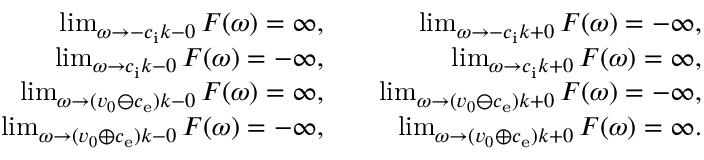
\begin{array} { r l r } { \operatorname* { l i m } _ { \omega \rightarrow - c _ { \mathrm { i } } k - 0 } F ( \omega ) = \infty , } & { { } } & { \operatorname* { l i m } _ { \omega \rightarrow - c _ { \mathrm { i } } k + 0 } F ( \omega ) = - \infty , } \\ { \operatorname* { l i m } _ { \omega \rightarrow c _ { \mathrm { i } } k - 0 } F ( \omega ) = - \infty , } & { { } } & { \operatorname* { l i m } _ { \omega \rightarrow c _ { \mathrm { i } } k + 0 } F ( \omega ) = \infty , } \\ { \operatorname* { l i m } _ { \omega \rightarrow ( v _ { 0 } \ominus c _ { \mathrm { e } } ) k - 0 } F ( \omega ) = \infty , } & { { } } & { \operatorname* { l i m } _ { \omega \rightarrow ( v _ { 0 } \ominus c _ { \mathrm { e } } ) k + 0 } F ( \omega ) = - \infty , } \\ { \operatorname* { l i m } _ { \omega \rightarrow ( v _ { 0 } \oplus c _ { \mathrm { e } } ) k - 0 } F ( \omega ) = - \infty , } & { { } } & { \operatorname* { l i m } _ { \omega \rightarrow ( v _ { 0 } \oplus c _ { \mathrm { e } } ) k + 0 } F ( \omega ) = \infty . } \end{array}